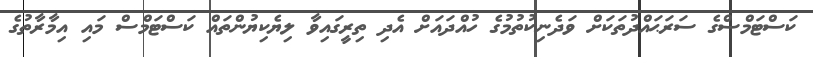
ކަސްޓަމްސްގެ ސަރަޙައްދުތަކަށް ވަދެނިކުތުމުގެ ހުއްދައަށް އެދި ތިރީގައިވާ ލިޔެކިޔުންތައް ކަސްޓަމްސް މައި އިމާރާތުގެ